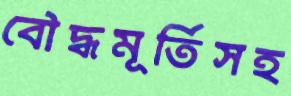
বৌদ্ধমূর্তিসহ